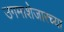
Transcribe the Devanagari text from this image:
उगमाशेजारच्या